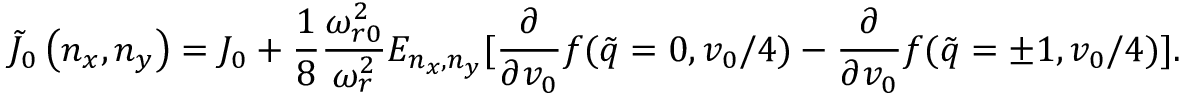
\tilde { J } _ { 0 } \left( n _ { x } , n _ { y } \right) = J _ { 0 } + \frac { 1 } { 8 } \frac { \omega _ { r 0 } ^ { 2 } } { \omega _ { r } ^ { 2 } } E _ { n _ { x } , n _ { y } } [ \frac { \partial } { \partial v _ { 0 } } f ( \tilde { q } = 0 , v _ { 0 } / 4 ) - \frac { \partial } { \partial v _ { 0 } } f ( \tilde { q } = \pm 1 , v _ { 0 } / 4 ) ] .